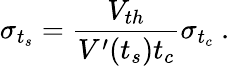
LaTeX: \sigma_{t_{s}}=\frac{V_{th}}{V^{\prime}(t_{s})t_{c}}\sigma_{t_{c}}~.